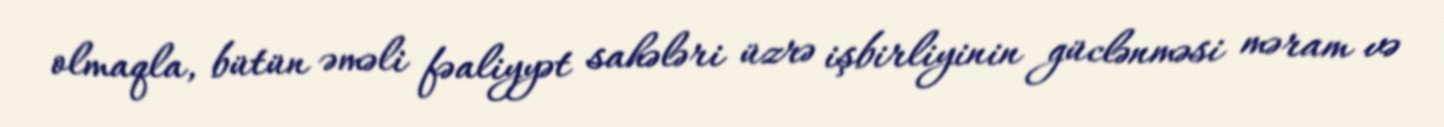
olmaqla, bütün əməli fəaliyyət sahələri üzrə işbirliyinin güclənməsi məram və